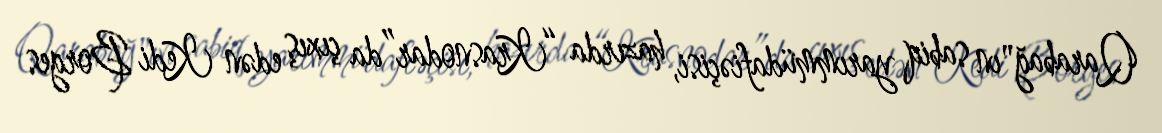
Qarabağ"ın sabiq yarımmüdafiəçisi, hazırda “Krasnodar”da çıxış edən Kedi Borges